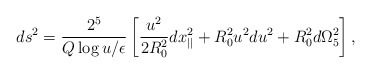
\begin{align*}ds^2= {2^5\over Q \log{u/\epsilon}} \left[ {u^2\over 2 R_0^2} dx_{||}^2+ R_0^2 u^2du^2 + R_0^2 d\Omega_5^2 \right],\end{align*}